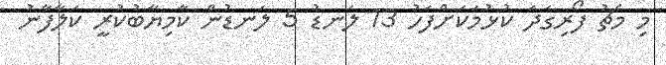
މި މެޗު ފޯރިގަދަ ކުޅުމަކަށްފަހު 13 ލަނޑު 5 ލަނޑުން ކާމިޔާބުކުރީ ކަލާފާނު